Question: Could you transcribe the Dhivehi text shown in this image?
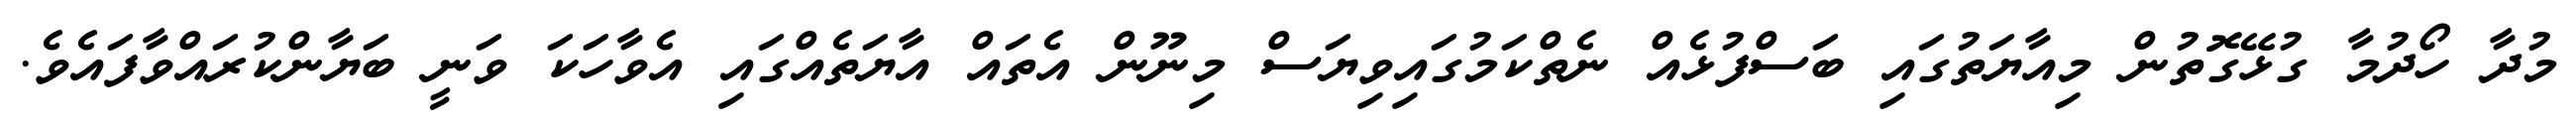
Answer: މުދާ ހޯދުމާ ގުޅޭގޮތުން މިއާޔަތުގައި ބަސްފުޅެއް ނެތްކަމުގައިވިޔަސް މިނޫން އެތައް އާޔަތެއްގައި އެވާހަކަ ވަނީ ބަޔާންކުރައްވާފައެވެ.